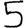
Digit: 5